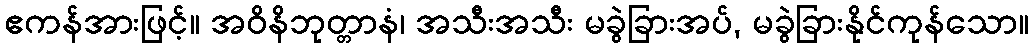
ဧကန်အားဖြင့်။ အဝိနိဘုတ္တာနံ၊ အသီးအသီး မခွဲခြားအပ်, မခွဲခြားနိုင်ကုန်သော။